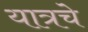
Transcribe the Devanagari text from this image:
यात्रचे